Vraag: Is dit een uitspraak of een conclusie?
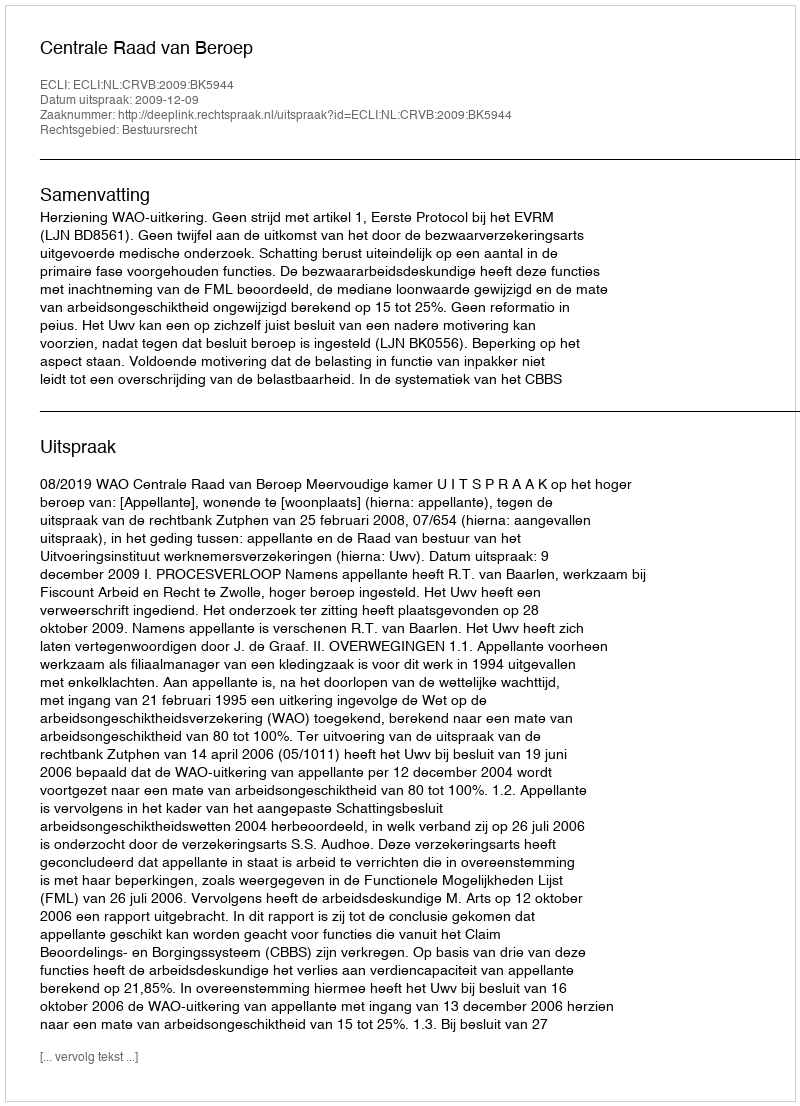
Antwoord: Uitspraak